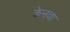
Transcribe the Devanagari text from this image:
केनवा